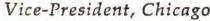
Vice-President, Chicago